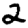
Digit: 2